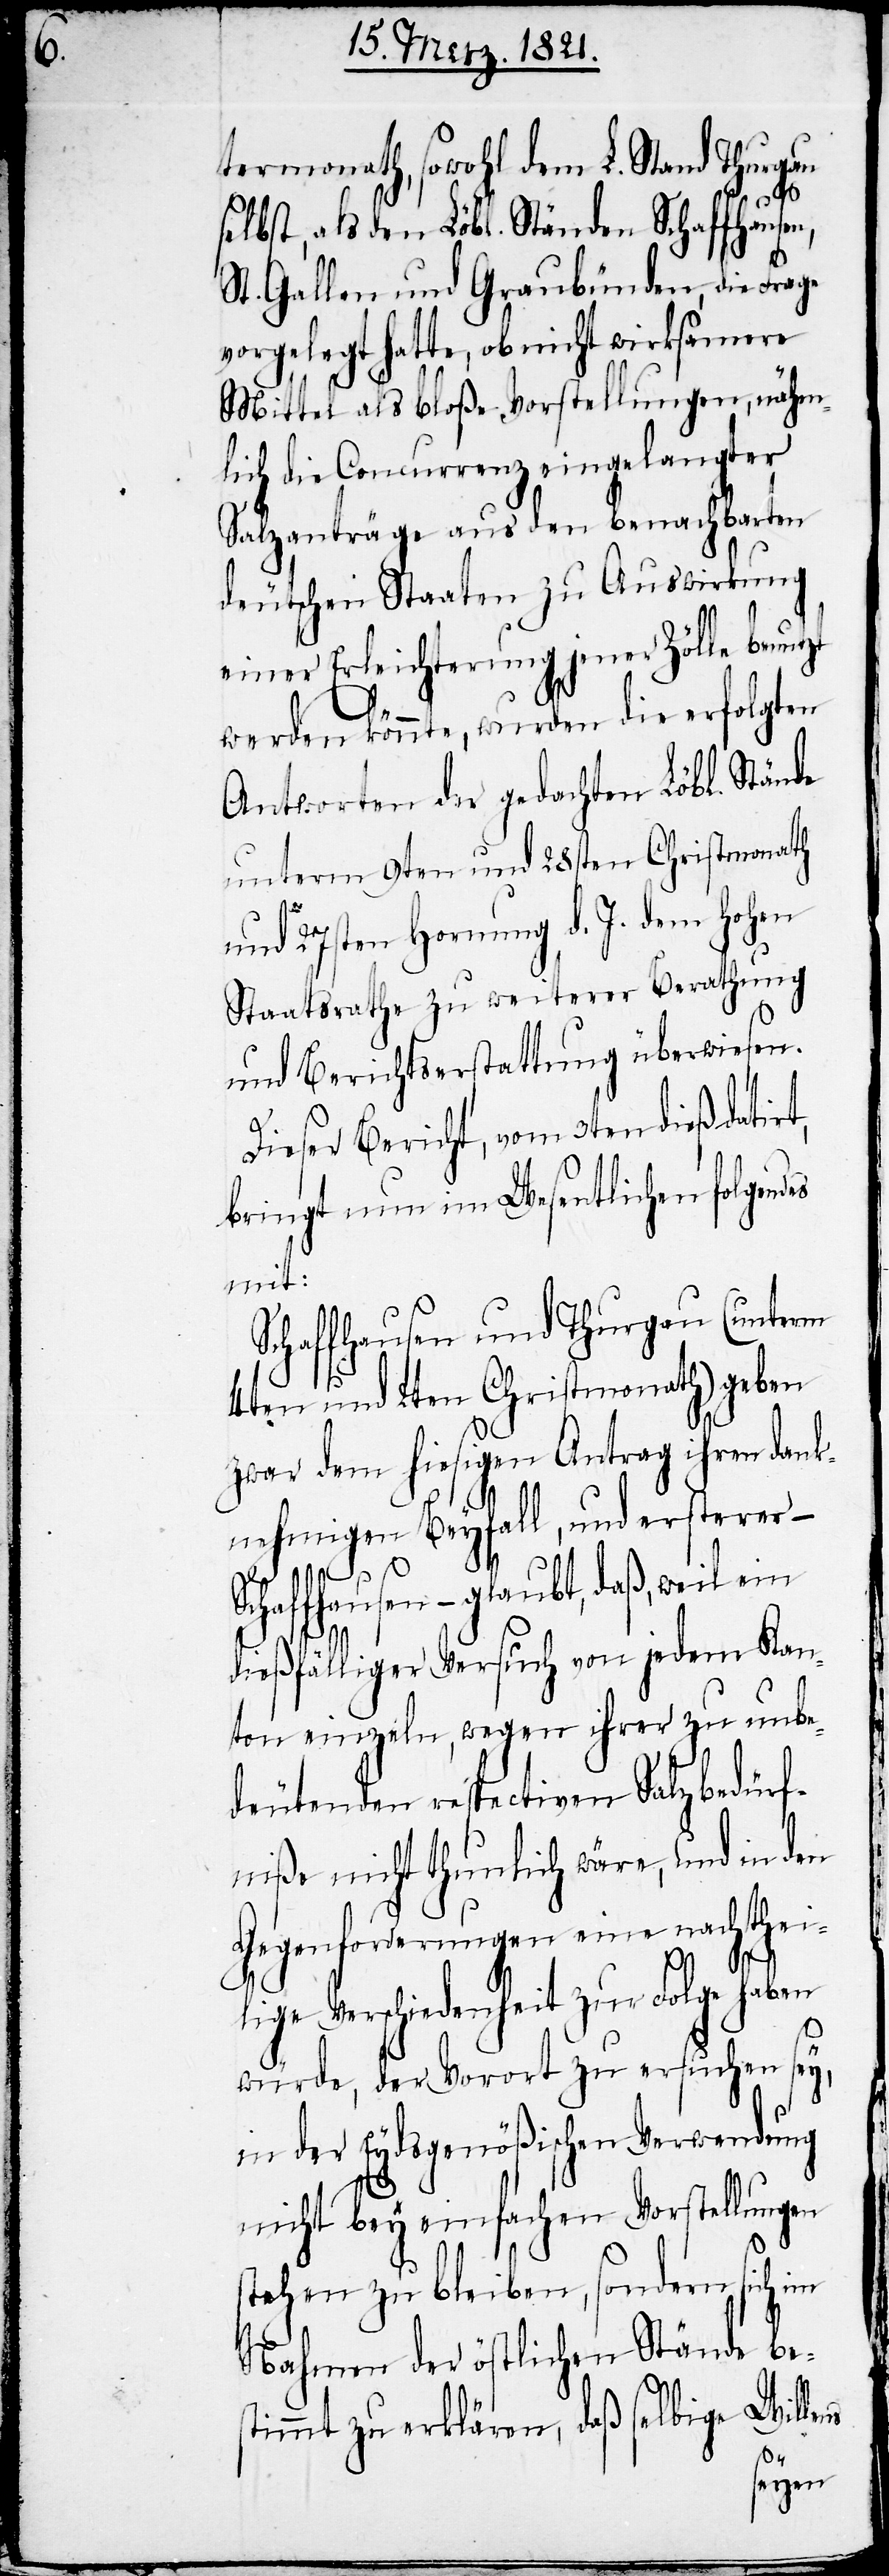
termonath, sowohl dem L. Stand Thurgau
selbst, als den Löbl. Ständen Schaffhausen,
St. Gallen und Graubünden die Frage
vorgelegt hatte, ob nicht wirksamere
Mittel als bloße Vorstellungen, nähm¬
lich die Concurrenz eingelangter
Salzanträge aus den benachbarten
deutschen Staaten zu Auswirkung
einer Erleichterung jener Zölle benutzt
werden könnte, wurden die erfolgten
Antworten der gedachten Löbl. Stände
unterm 9ten und 28sten Christmonath
und 27sten Hornung d. J. dem hohen
Staatsrathe zu weiterer Berathung
und Berichterstattung überwiesen.
Dieser Bericht, vom 3ten dieß datir¬
bringt nun im Wesentlichen folgendes
mit:
Schaffhausen und Thurgau (unterm
4ten und 2ten Christmonath) geben
zwar dem hiesigen Antrag ihren dank¬
nehmigen Beyfall, und ersterer –
chaffhausen – glaubt, daß, weil ein
dießfälliger Versuch von jedem Kan¬
ton einzeln, wegen ihrer zu be¬
deutenden respectiven Salzbedürf¬
niße nicht thunlich wäre, und in den
Gegenforderungen eine nachthei¬
S¬
lige Verschiedenheit zur Folge haben
würde, der Vorort zu ersuchen sey,
in der Eydsgenößischen Verwendung
nicht bey einfachen Vorstellungen
stehen zu bleiben, sondern sich im
Nahmen der östlichen Stände be¬
stimmt zu erklären, daß selbige Wille¬
ns